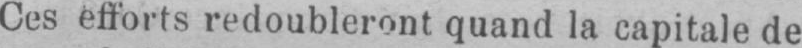
Ces efforts redoubleront quand la capitale de